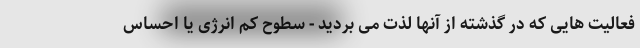
فعالیت هایی که در گذشته از آنها لذت می بردید - سطوح کم انرژی یا احساس